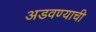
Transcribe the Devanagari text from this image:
अडवण्याची